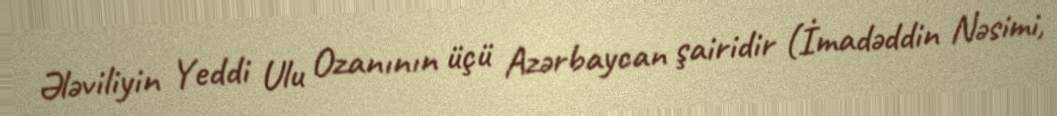
Ələviliyin Yeddi Ulu Ozanının üçü Azərbaycan şairidir (İmadəddin Nəsimi,